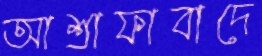
আশ্রাফাবাদে